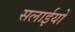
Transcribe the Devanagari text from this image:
सलाईयों